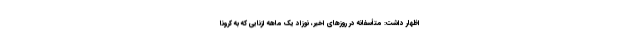
اظهار داشت: متأسفانه در روزهای اخیر، نوزاد یک ماهه ازنایی که به کرونا